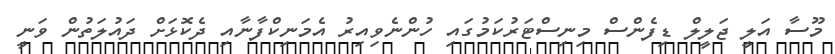
މޫސާ އަލީ ޖަލީލް ޑިފެންސް މިނިސްޓަރުކަމުގައި ހުންނެވިއިރު އެމަނިކްފާނާއި ދެކޮޅަށް ދައުލަތުން ވަނީ